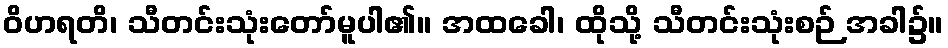
ဝိဟရတိ၊ သီတင်းသုံးတော်မူပါ၏။ အထခေါ၊ ထိုသို့ သီတင်းသုံးစဉ် အခါ၌။